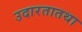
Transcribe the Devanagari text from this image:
उदारतातथा